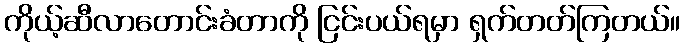
ကိုယ့်ဆီလာတောင်းခံတာကို ငြင်းပယ်ရမှာ ရှက်တတ်ကြတယ်။